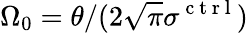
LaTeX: \Omega_{0}=\theta/(2\sqrt{\pi}\sigma^{\mathrm{~c~t~r~l~}})